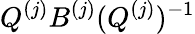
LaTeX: Q^{(j)}B^{(j)}(Q^{(j)})^{-1}